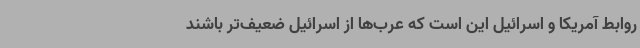
روابط آمریکا و اسرائیل این است که عرب‌ها از اسرائیل ضعیف‌تر باشند